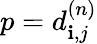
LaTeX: p=d_{\mathbf{i},j}^{(n)}